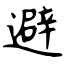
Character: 避